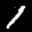
Label: 1